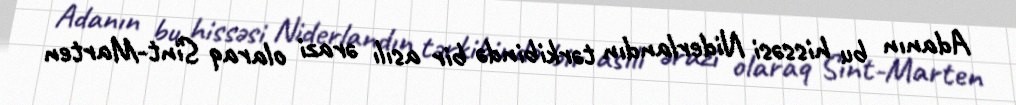
Adanın bu hissəsi Niderlandın tərkibində bir asılı ərazi olaraq Sint-Marten